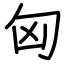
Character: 匈